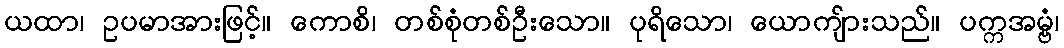
ယထာ၊ ဥပမာအားဖြင့်။ ကောစိ၊ တစ်စုံတစ်ဦးသော။ ပုရိသော၊ ယောကျ်ားသည်။ ပက္ကအမ္ဗံ၊